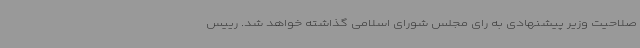
صلاحیت وزیر پیشنهادی به رای مجلس شورای اسلامی گذاشته خواهد شد. رییس